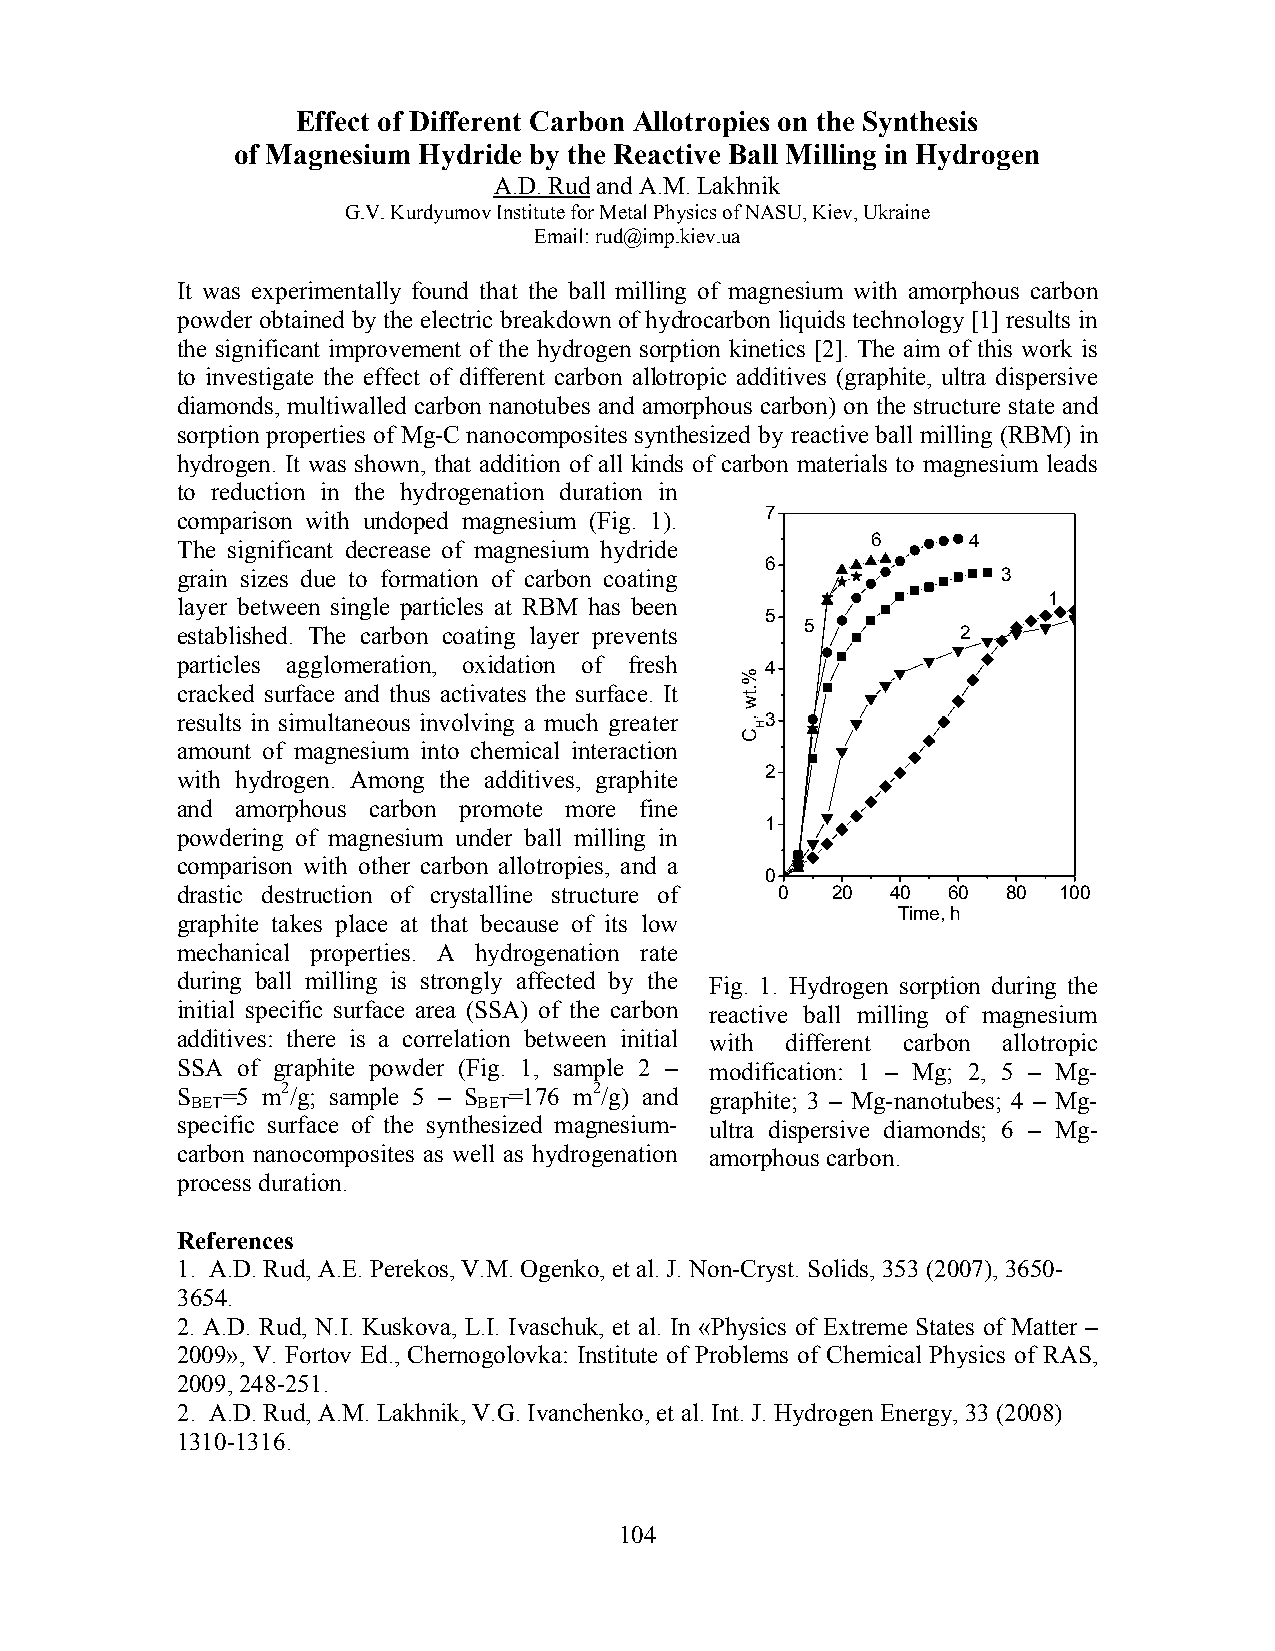
Effect of Different Carbon Allotropies on the Synthesis
 of Magnesium Hydride by the Reactive Ball Milling in Hydrogen
 A.D. Rud and A.M. Lakhnik
 G.V. Kurdyumov Institute for Metal Physics of NASU, Kiev, Ukraine
 Email: rud@imp.kiev.ua
 It was experimentally found that the ball milling of magnesium with amorphous carbon
 powder obtained by the electric breakdown of hydrocarbon liquids technology [1] results in
 the significant improvement of the hydrogen sorption kinetics [2]. The aim of this work is
 to investigate the effect of different carbon allotropic additives (graphite, ultra dispersive
 diamonds, multiwalled carbon nanotubes and amorphous carbon) on the structure state and
 sorption properties of Mg-C nanocomposites synthesized by reactive ball milling (RBM) in
 hydrogen. It was shown, that addition of all kinds of carbon materials to magnesium leads
 to reduction in the hydrogenation duration in
 comparison with undoped magnesium (Fig. 1). 7
 The significant decrease of magnesium hydride 6     4
 6
 grain sizes due to formation of carbon coating        3
 layer between single particles at RBM has been           1
 5
 5
 established. The carbon coating layer prevents      2
 particles agglomeration, oxidation of fresh 4
 cracked surface and thus activates the surface. It
 results in simultaneous involving a much greater 3
 amount of magnesium into chemical interaction
 with hydrogen. Among the additives, graphite 2
 and amorphous carbon promote more fine
 1
 powdering of magnesium under ball milling in
 comparison with other carbon allotropies, and a
 0
 drastic destruction of crystalline structure of 0 20 40 60 80 100
 Time, h
 graphite takes place at that because of its low
 mechanical properties. A hydrogenation rate
 during ball milling is strongly affected by the Fig. 1. Hydrogen sorption during the
 initial specific surface area (SSA) of the carbon reactive ball milling of magnesium
 additives: there is a correlation between initial with different carbon allotropic
 SSA of graphite powder (Fig. 1, sample 2 – modification: 1 – Mg; 2, 5 – Mg-
 S BET=5 m2/g; sample 5 – S BET=176 m2/g) and graphite; 3 – Mg-nanotubes; 4 – Mg-
 specific surface of the synthesized magnesium- ultra dispersive diamonds; 6 – Mg-
 carbon nanocomposites as well as hydrogenation amorphous carbon.
 process duration.
 References
 1. A.D. Rud, A.E. Perekos, V.M. Ogenko, et al. J. Non-Cryst. Solids, 353 (2007), 3650-
 3654.
 2. A.D. Rud, N.I. Kuskova, L.I. Ivaschuk, et al. In «Physics of Extreme States of Matter –
 2009», V. Fortov Ed., Chernogolovka: Institute of Problems of Chemical Physics of RAS,
 2009, 248-251.
 2. A.D. Rud, A.M. Lakhnik, V.G. Ivanchenko, et al. Int. J. Hydrogen Energy, 33 (2008)
 1310-1316.
 104
 %.tw
 ,
 C
 H